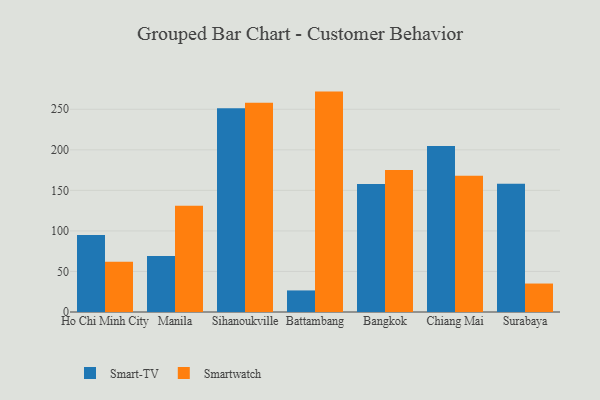
{"axis": {"x": "City", "y": "Production Output"}, "legend": ["Smart-TV", "Smartwatch"], "data": [{"x": "Ho Chi Minh City", "y": 95.1, "type": "Smart-TV"}, {"x": "Ho Chi Minh City", "y": 61.9, "type": "Smartwatch"}, {"x": "Manila", "y": 69.0, "type": "Smart-TV"}, {"x": "Manila", "y": 131.1, "type": "Smartwatch"}, {"x": "Sihanoukville", "y": 251.2, "type": "Smart-TV"}, {"x": "Sihanoukville", "y": 258.1, "type": "Smartwatch"}, {"x": "Battambang", "y": 26.6, "type": "Smart-TV"}, {"x": "Battambang", "y": 271.8, "type": "Smartwatch"}, {"x": "Bangkok", "y": 157.7, "type": "Smart-TV"}, {"x": "Bangkok", "y": 175.0, "type": "Smartwatch"}, {"x": "Chiang Mai", "y": 204.6, "type": "Smart-TV"}, {"x": "Chiang Mai", "y": 168.1, "type": "Smartwatch"}, {"x": "Surabaya", "y": 158.3, "type": "Smart-TV"}, {"x": "Surabaya", "y": 35.1, "type": "Smartwatch"}]}